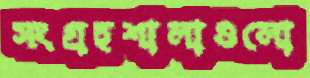
সংগ্রহশালাগুলো